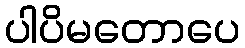
ပါပိမတောပေ